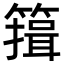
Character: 䉗